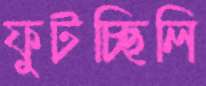
ফুটচ্ছিলি